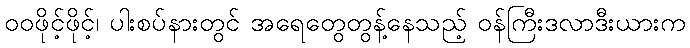
ဝဝဖိုင့်ဖိုင့်၊ ပါးစပ်နားတွင် အရေတွေတွန့်နေသည့် ဝန်ကြီးဒလာဒီးယားက